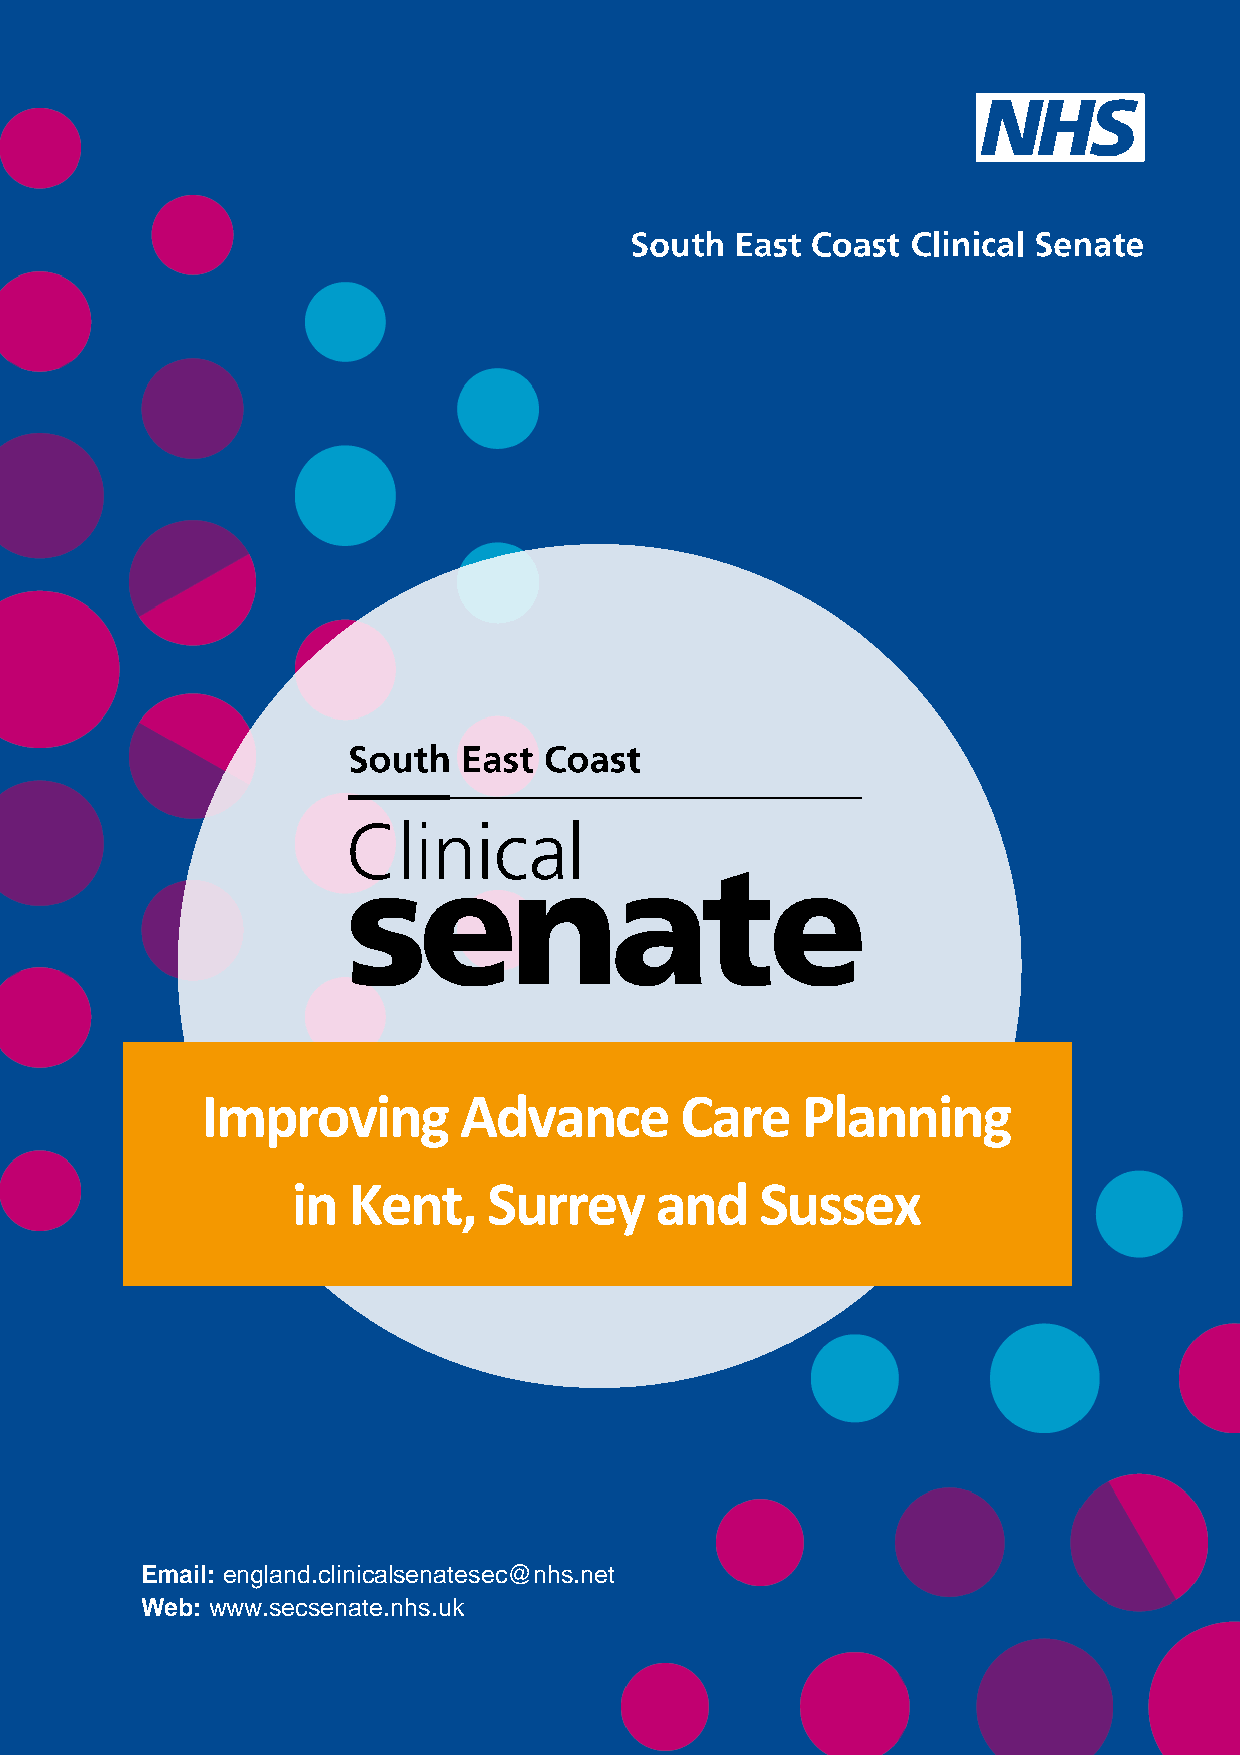
South East Coast Clinical Senate – Improving Advance Care Planning in Kent, Surrey and Sussex
 Improving        Advance        Care    Planning
 in  Kent,    Surrey     and    Sussex
 In
 in Kent,     Surrey     and    Sussex
 Email: england.clinicalsenatesec@nhs.net
 Web: www.secsenate.nhs.uk
 P age 1